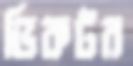
ভিকটর